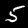
Label: 5